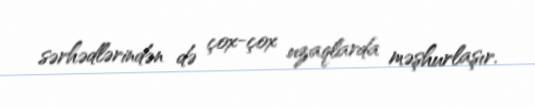
sərhədlərindən də çox-çox uzaqlarda məşhurlaşır.